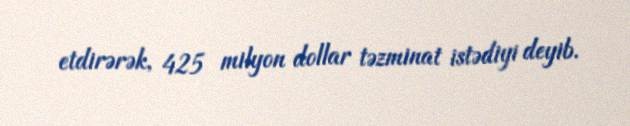
etdirərək, 425 milyon dollar təzminat istədiyi deyib.